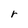
Character: r